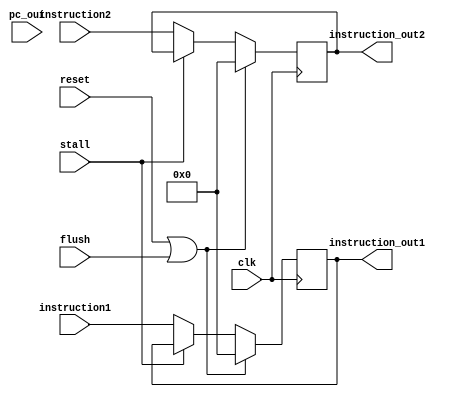
module IF_ID(input clk,
             input [7:0] pc_out, 
             input [31:0] instruction1,
             input [31:0] instruction2,
             input reset,
             input stall,
             output reg [31:0] instruction_out1,
             output reg [31:0] instruction_out2,
             input flush
             );
             
always @(posedge clk)
  begin
    if(reset==1'b1|| flush)
    begin
      instruction_out1=32'b0;
       instruction_out2 =32'b0;
   end
    else if (stall == 1'b0)
    begin
      instruction_out1<=instruction1;
      instruction_out2<=instruction2;
    end
  end
endmodule